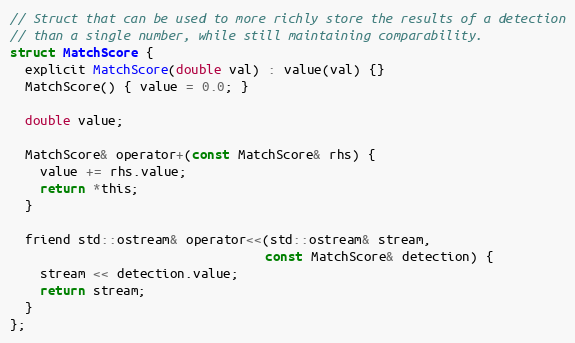
Language: C
// Struct that can be used to more richly store the results of a detection
// than a single number, while still maintaining comparability.
struct MatchScore {
  explicit MatchScore(double val) : value(val) {}
  MatchScore() { value = 0.0; }

  double value;

  MatchScore& operator+(const MatchScore& rhs) {
    value += rhs.value;
    return *this;
  }

  friend std::ostream& operator<<(std::ostream& stream,
                                  const MatchScore& detection) {
    stream << detection.value;
    return stream;
  }
};